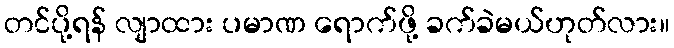
တင်ပို့ရန် လျာထား ပမာဏ ရောက်ဖို့ ခက်ခဲမယ်ဟုတ်လား။